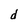
Character: d